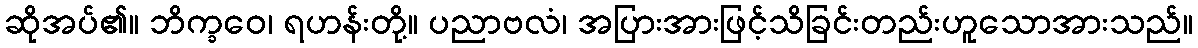
ဆိုအပ်၏။ ဘိက္ခဝေ၊ ရဟန်းတို့။ ပညာဗလံ၊ အပြားအားဖြင့်သိခြင်းတည်းဟူသောအားသည်။